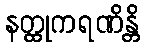
နတ္ထုကရဏိန္တိ